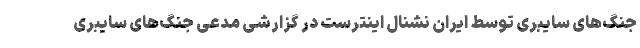
جنگ‌های سایبری توسط ایران نشنال اینترست در گزارشی مدعی جنگ‌های سایبری